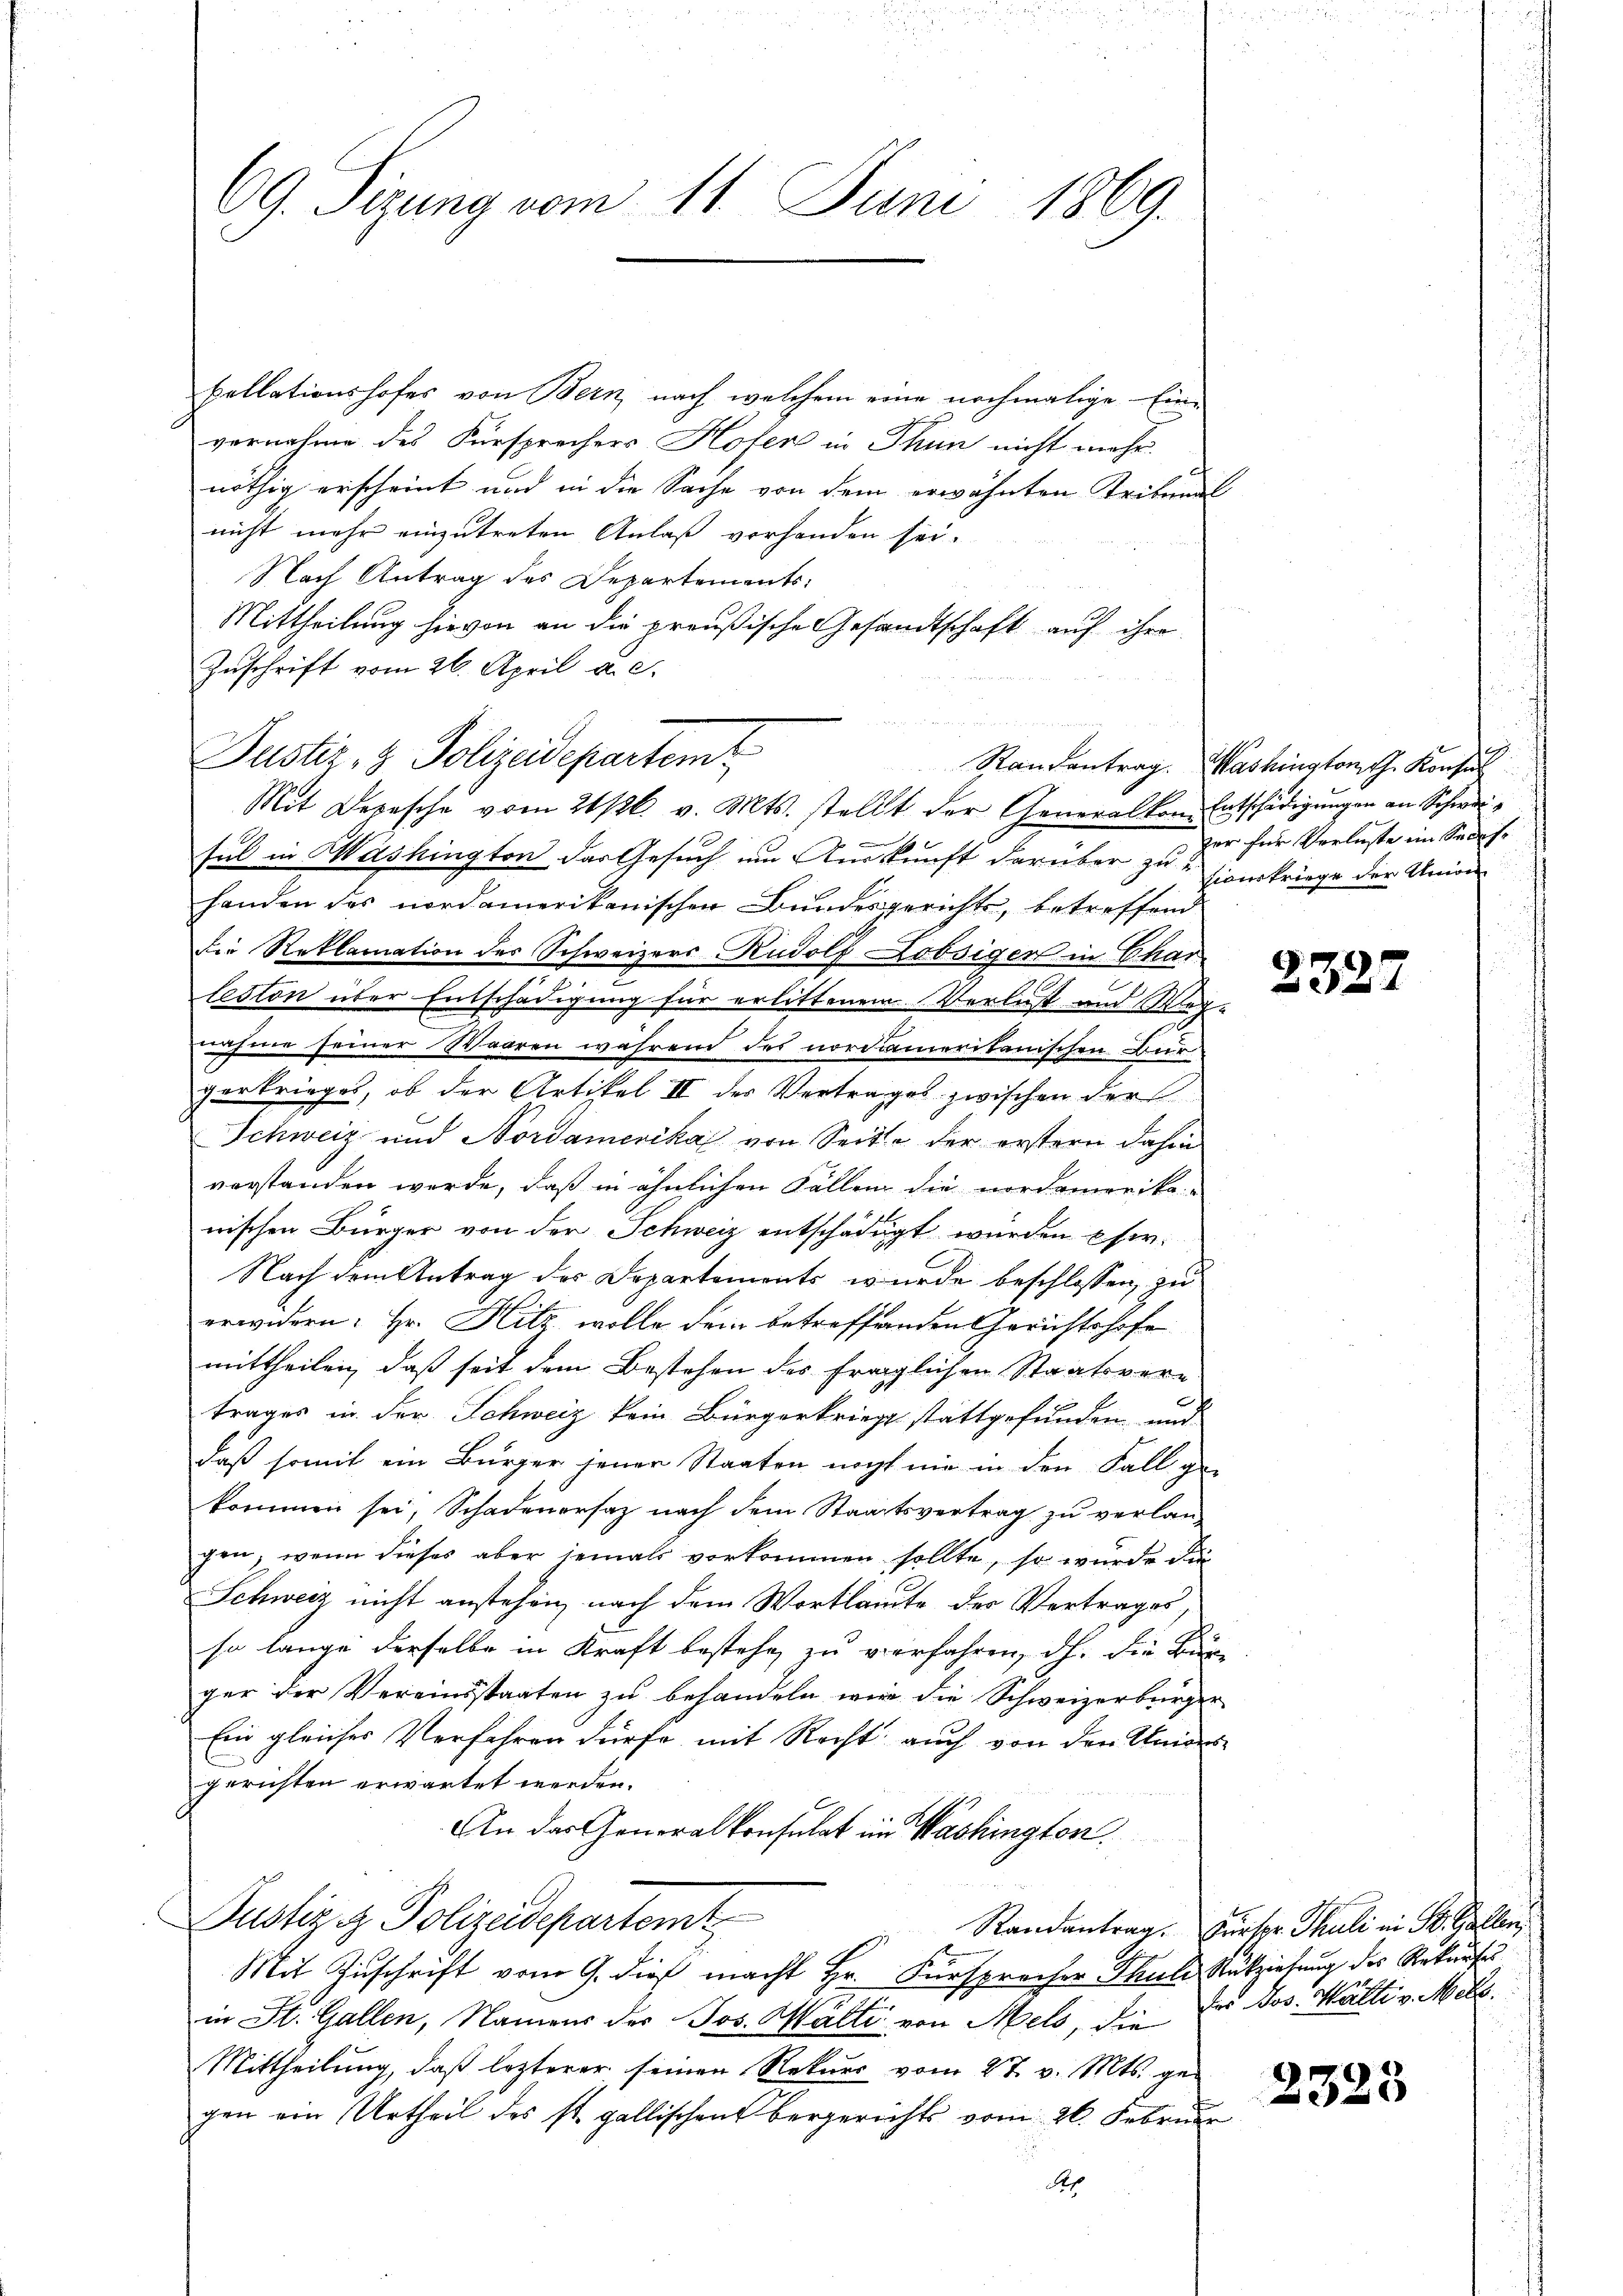
69. Sizung vom 11. Juni 1869.

bellationshofes von Bern, nach welchem eine nochmalige Ein-
vernahme des Fürsprechers Hoten in Thun nicht mehr
nöthig erscheint und in die Sache von dem erwähnten Tribunal
nicht mehr einzutreten Anlaß vorhanden sei.
Nach Antrag des Departements-
Mittheilung hievon an die preußische Gesandtschaft auf ihre
Zuschrift vom 26. April a. c.
Mit Depesche vom 21/26. v. Mts. stellt der Generalkomentschädigŭngen an Schwei-
sel in Washington der Gesuch um Auskunft darüber zu zierkriege der Union-
handen des nordamerikanischen Bundesgerichts, betreffend
Die Reklamation des Schweizers Rudolf Lobsiger in Char
leston über Entschädigung für erlittenem Verlust und Weg-
nahme seiner Waaren während des nordamerikanischen Zur
gerkrieges, ob der Artikel II der Vertrages zwischen der
Schweiz und Nordamerika von Seite der erstern dahin
vorstanden werde, daß in ähnlichen Fällen die nordamerika-
nischen Bürger von der Schweiz entschädigt wurden eher¬
Nach dem Antrag des Departemonts wurde beschlossen, zu
erwidern: Hr. Hitz wolle dem betreffenden Gerichtshofe
mittheilen, daß seit dem Bestehen des fraglichen Staatsvertrages in der Schweiz kein Bürgerkrieg stattgefunden und
daß somit ein Bürger jener Staaten nicht nie in den Fall ge-
kommen sei, Schadenersaz nach dem Staatsvertrag zu verlangen, wenn dieses aber jemals vorkommen sollte, so wurde die
Schweiz nicht anstehen, nach dem Wortlaute des Vertrages,
so lange derselbe in Kraft bestehe zu verfahren, dh. Die Bur-
ger der Vereinsstaaten zu behandeln wir die Schweizerbürger
Ein gleiches Verfahren dürfe mit Recht auch von den Univere
gerichten erwartet werden.
An das Generalkonsulat im Washington
Pustiz & Polizeidepartemt
Randantrag. Fürspr. Thuli in St. Gallen,
Mit Zuschrift vom 9. dieß macht Hr. Fürsprecher Thale Rückziehung des Rekurses
in St. Gallen, Namens des Jos. Wälti von Meld, die Dr. Jos. Hätte v. Mts.
Mittheilung, daß lezterer seinen Rekurs vom 27. v. Mts. gegen ein Urtheil des st. gallischen bergerichts vom 26. Februar
Rep

Justiz- & Polizeidepartem

Randantrag. Washington Th. Konsul
zer für Verluste im Segese

232.

2323